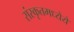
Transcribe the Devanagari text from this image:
संस्कृतमध्येये